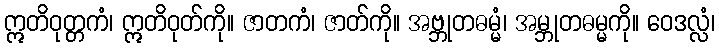
ဣတိဝုတ္တကံ၊ ဣတိဝုတ်ကို။ ဇာတကံ၊ ဇာတ်ကို။ အဗ္ဘုတဓမ္မံ၊ အမ္ဘုတဓမ္မကို။ ဝေဒလ္လံ၊